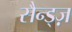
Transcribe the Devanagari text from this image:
सैन्ड्ज़